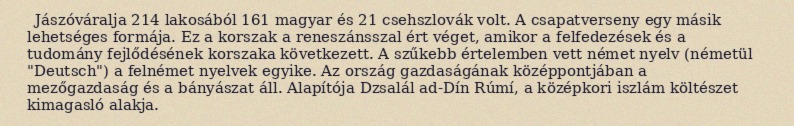
Jászóváralja 214 lakosából 161 magyar és 21 csehszlovák volt. A csapatverseny egy másik lehetséges formája. Ez a korszak a reneszánsszal ért véget, amikor a felfedezések és a tudomány fejlődésének korszaka következett. A szűkebb értelemben vett német nyelv (németül "Deutsch") a felnémet nyelvek egyike. Az ország gazdaságának középpontjában a mezőgazdaság és a bányászat áll. Alapítója Dzsalál ad-Dín Rúmí, a középkori iszlám költészet kimagasló alakja.